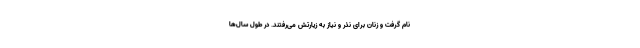
نام گرفت و زنان برای نذر و نیاز به زیارتش می‌رفتند. در طول سال‌ها